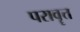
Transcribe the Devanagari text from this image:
परावॄत्त